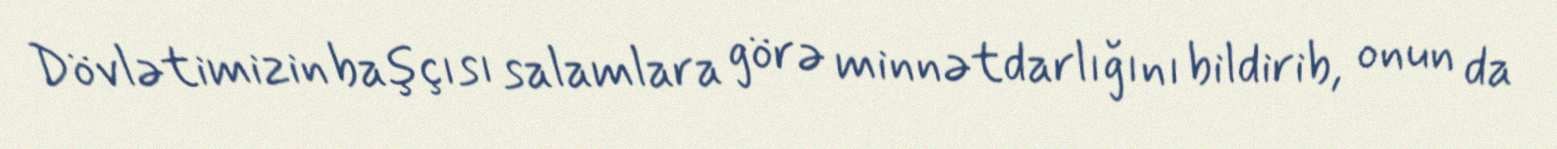
Dövlətimizin başçısı salamlara görə minnətdarlığını bildirib, onun da